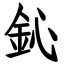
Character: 鈊